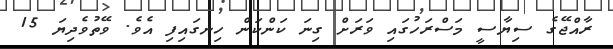
ރާއްޖޭގެ ސިޔާސީ މަސްރަހުގައި ވަރަށް ގިނަ ކަންކަން ހިނގައިފި އެވެ. ވޭތުވެދިޔަ 15